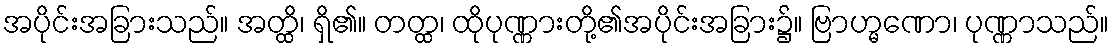
အပိုင်းအခြားသည်။ အတ္ထိ၊ ရှိ၏။ တတ္ထ၊ ထိုပုဏ္ဏားတို့၏အပိုင်းအခြား၌။ ဗြာဟ္မဏော၊ ပုဏ္ဏာသည်။